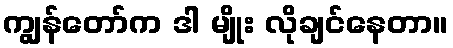
ကျွန်တော်က ဒါ မျိုး လိုချင်နေတာ။